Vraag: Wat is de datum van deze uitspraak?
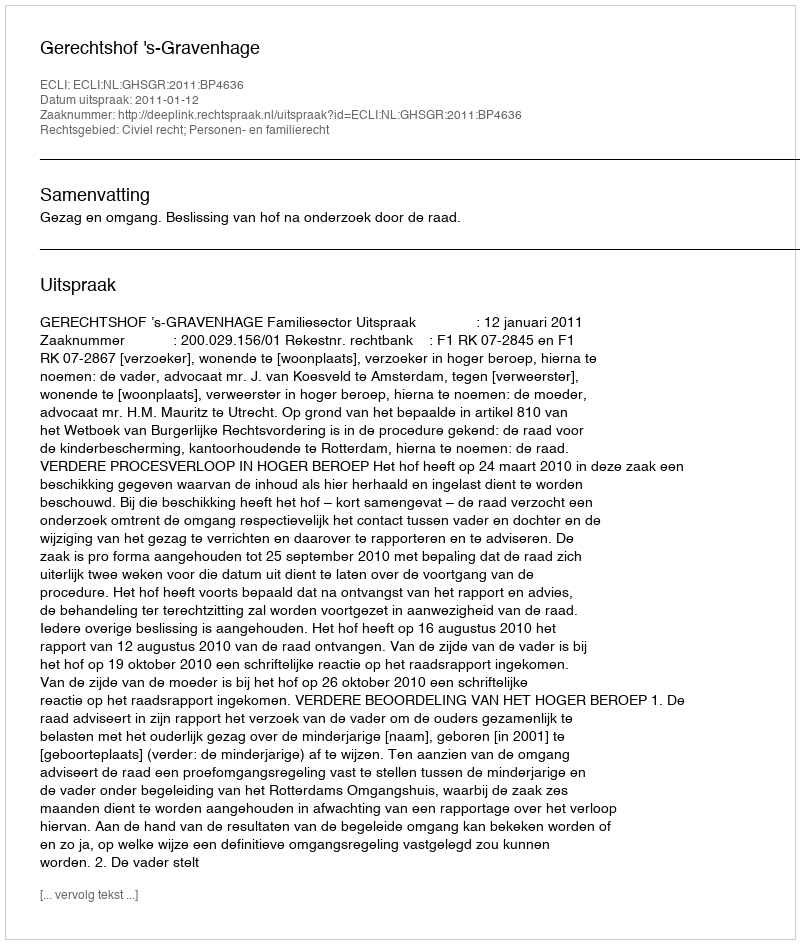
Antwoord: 2011-01-12